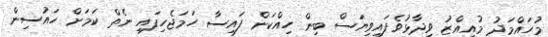
މުހައްމަދު މުއިއްޒު ވިދާޅުވެފައިވިޔަސް ބިން ހިއްކަން ފައިސާ ހަމަޖެހިފައި ނެތް ކަމަށް ހައުސިން